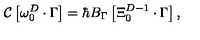
{ \cal C } \left[ \omega _ { 0 } ^ { D } \cdot \Gamma \right] = \hbar B _ { \Gamma } \left[ \Xi _ { 0 } ^ { D - 1 } \cdot \Gamma \right] ,